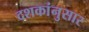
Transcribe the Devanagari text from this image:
दशकांनुसार